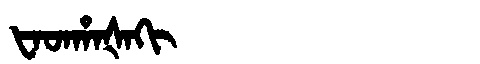
Manchu: ᡶᠠᡨᡥᠠᡧᠠᡴᡳ
Romanization: FATHAŠAKI